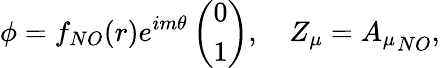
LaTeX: \phi=f_{NO}(r)e^{im\theta}\left(\begin{array}{c}{{0}}\\ {{1}}\end{array}\right),\quad Z_{\mu}={A_{\mu}}_{NO},